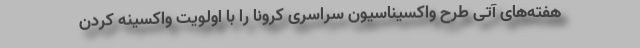
هفته‌های آتی طرح واکسیناسیون سراسری کرونا را با اولویت واکسینه کردن